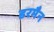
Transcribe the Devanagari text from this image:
डरमैन